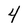
Character: 4